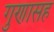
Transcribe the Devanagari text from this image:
गुणासह